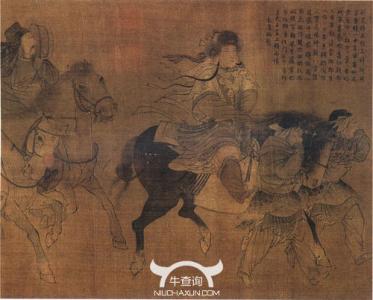
卓众来东下，金甲耀日光。